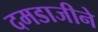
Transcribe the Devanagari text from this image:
दमडाजीने